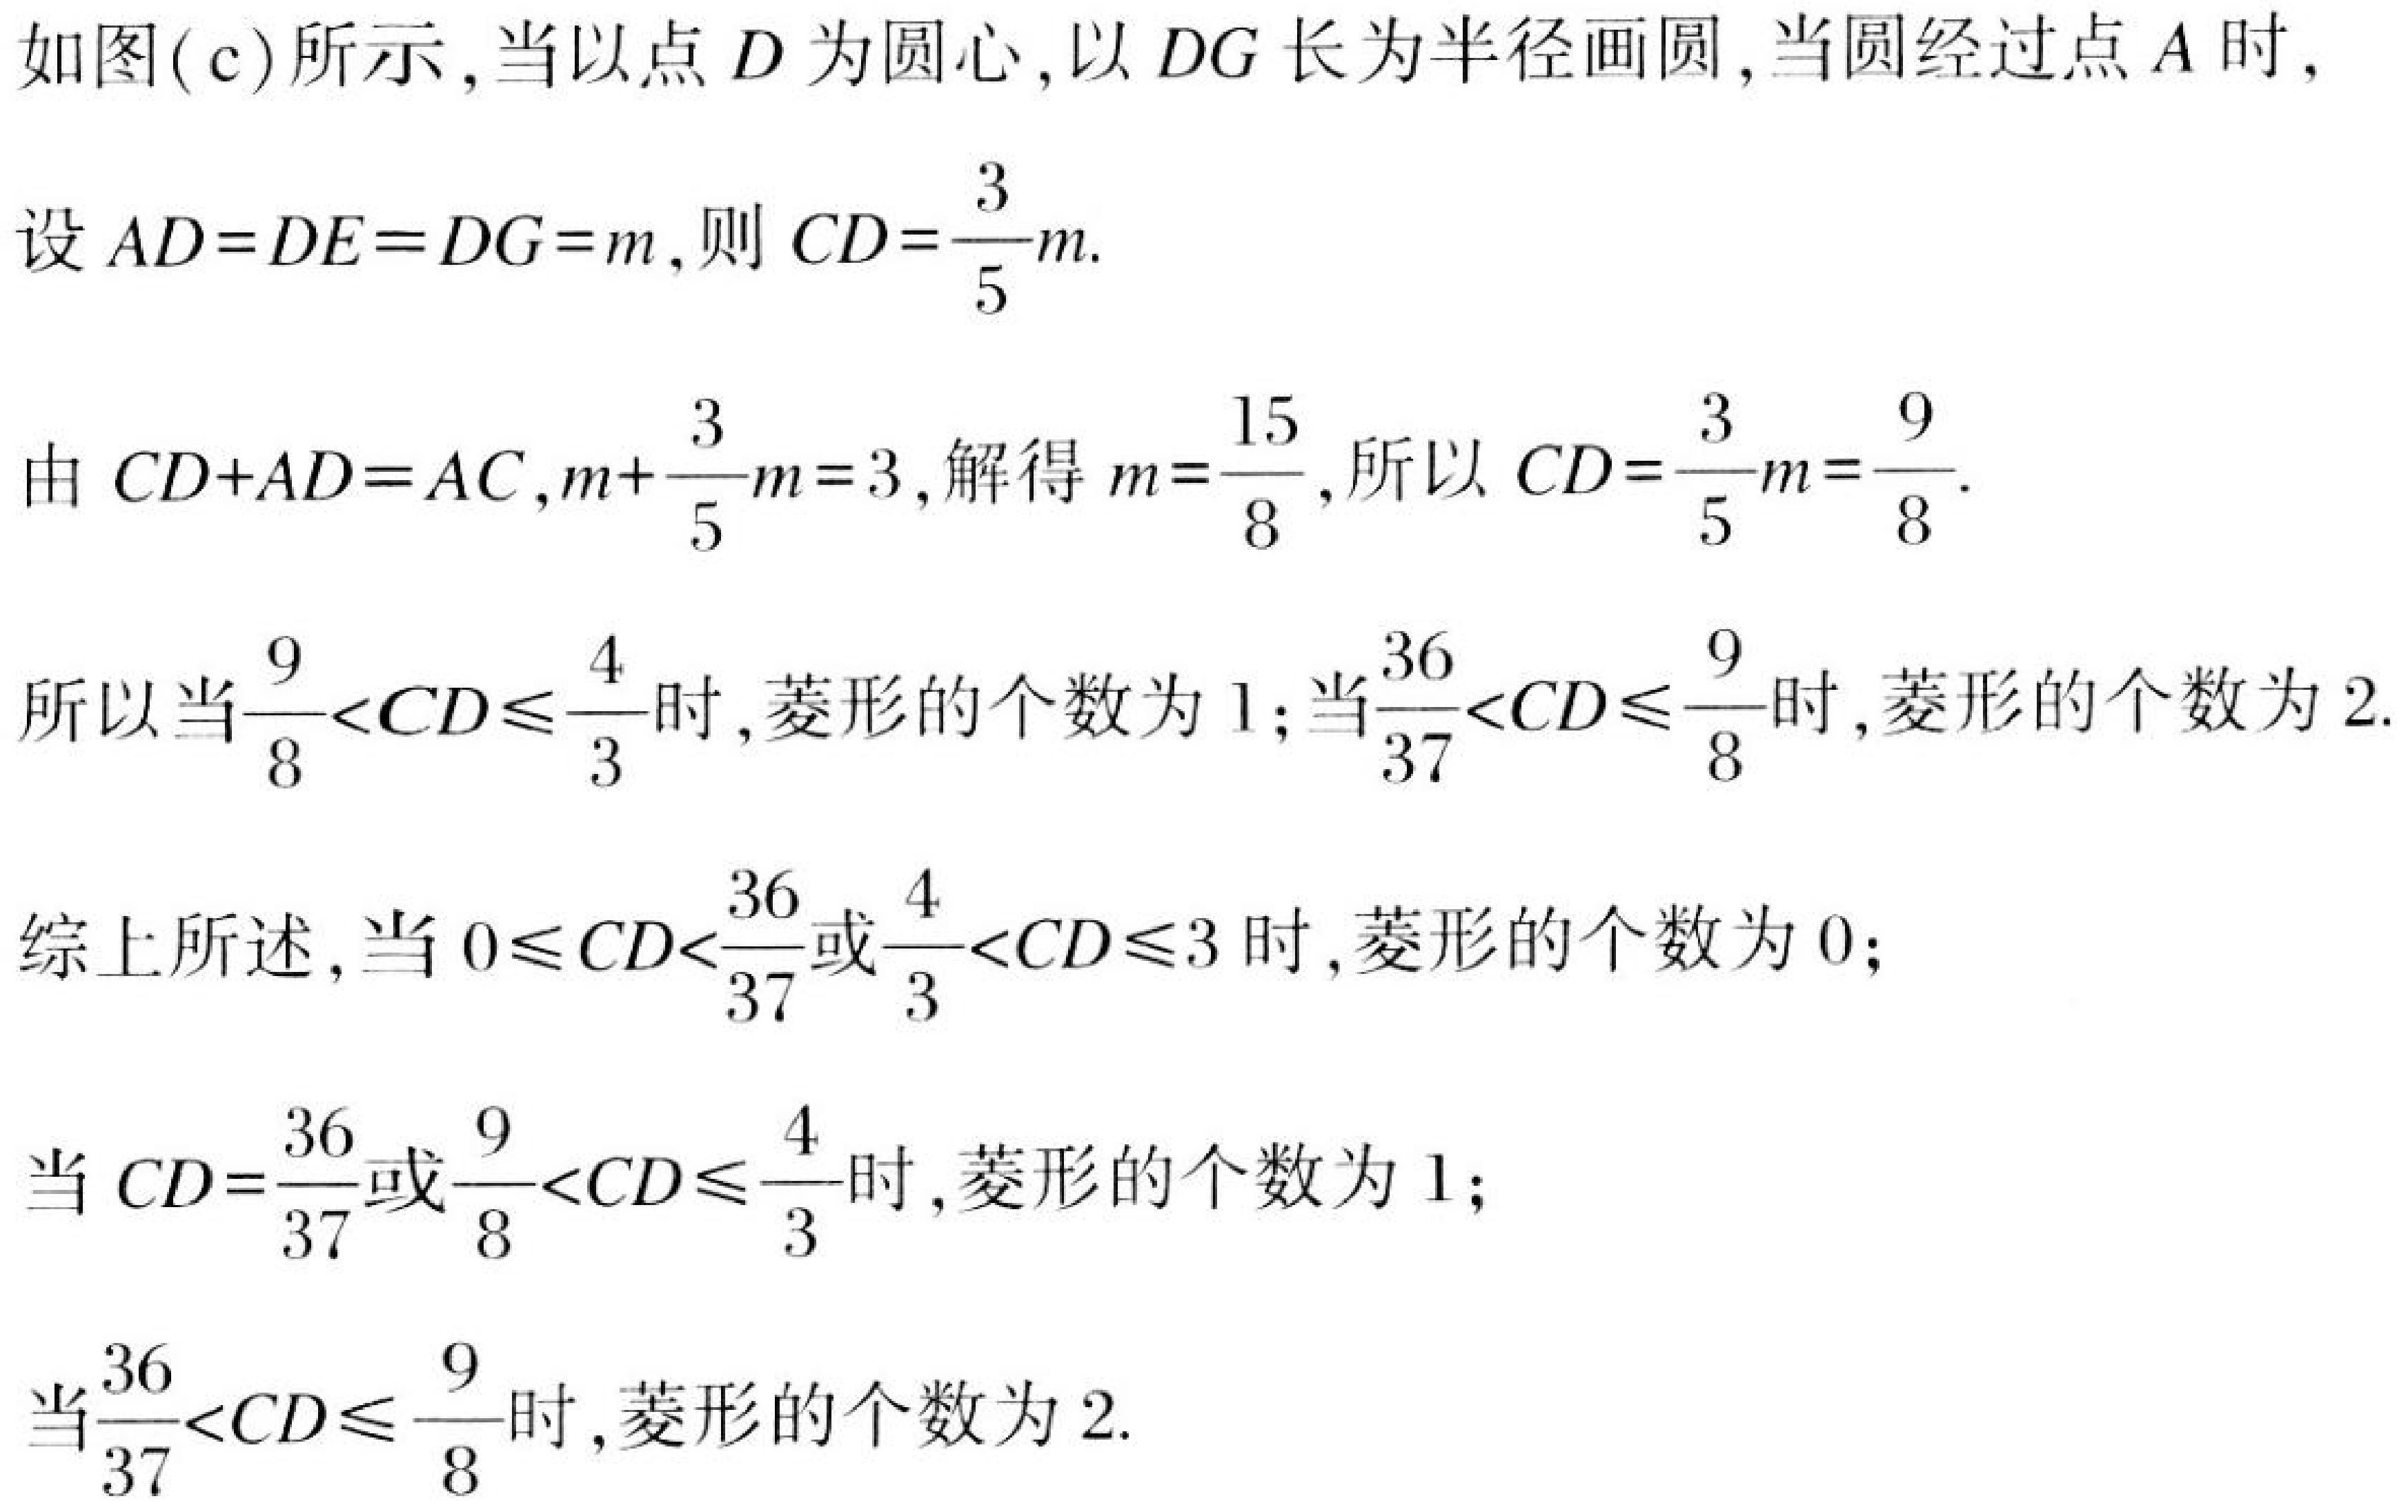
如图(c)所示,当以点\(D\)为圆心,以\(DG\)长为半径画圆,当圆经过点\(A\)时,
设\(AD = DE = DG = m\),则\(CD=\frac{3}{5}m\).
由\(CD + AD = AC\),\(m+\frac{3}{5}m = 3\),解得\(m=\frac{15}{8}\),所以\(CD=\frac{3}{5}m=\frac{9}{8}\).
所以当\(\frac{9}{8}<CD\leqslant\frac{4}{3}\)时,菱形的个数为\(1\);当\(\frac{36}{37}<CD\leqslant\frac{9}{8}\)时,菱形的个数为\(2\).
综上所述,当\(0\leqslant CD<\frac{36}{37}\)或\(\frac{4}{3}<CD\leqslant3\)时,菱形的个数为\(0\);
当\(CD=\frac{36}{37}\)或\(\frac{9}{8}<CD\leqslant\frac{4}{3}\)时,菱形的个数为\(1\);
当\(\frac{36}{37}<CD\leqslant\frac{9}{8}\)时,菱形的个数为\(2\).